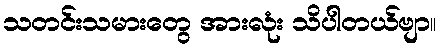
သတင်းသမားတွေ အားလုံး သိပါတယ်ဗျာ။